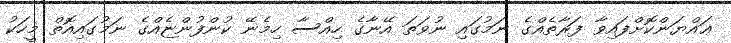
ޢައްޔަންކޮށްފައިވާ ފަރާތެއްގެ ނަމުގައި ނުވަތަ އޭނާގެ ހިއްސާ ހިމެނޭ ކުންފުންޏެއްގެ ނަމުގައިއޮތް މީހަކު